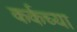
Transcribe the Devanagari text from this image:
कर्कच्या